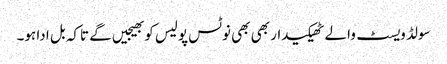
سولڈ ویسٹ والے ٹھیکیدار بھی بھی نوٹس پولیس کو بھیجیں گے تاکہ بل ادا ہو۔